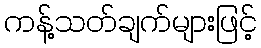
ကန့်သတ်ချက်များဖြင့်